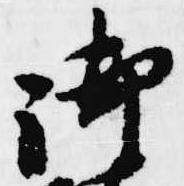
御